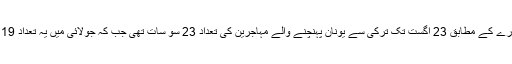
اس عالمی ادارے کے مطابق 23 اگست تک ترکی سے یونان پہنچنے والے مہاجرین کی تعداد 23 سو سات تھی جب کہ جولائی میں یہ تعداد 19 سو 20 تھی۔